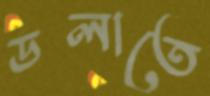
ডলাতে